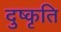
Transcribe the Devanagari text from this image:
दुष्कृति